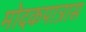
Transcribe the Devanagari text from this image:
मोदकपात्रास